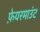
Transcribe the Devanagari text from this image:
फ़ेयरमाउंट